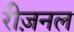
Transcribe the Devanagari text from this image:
रीज़नल